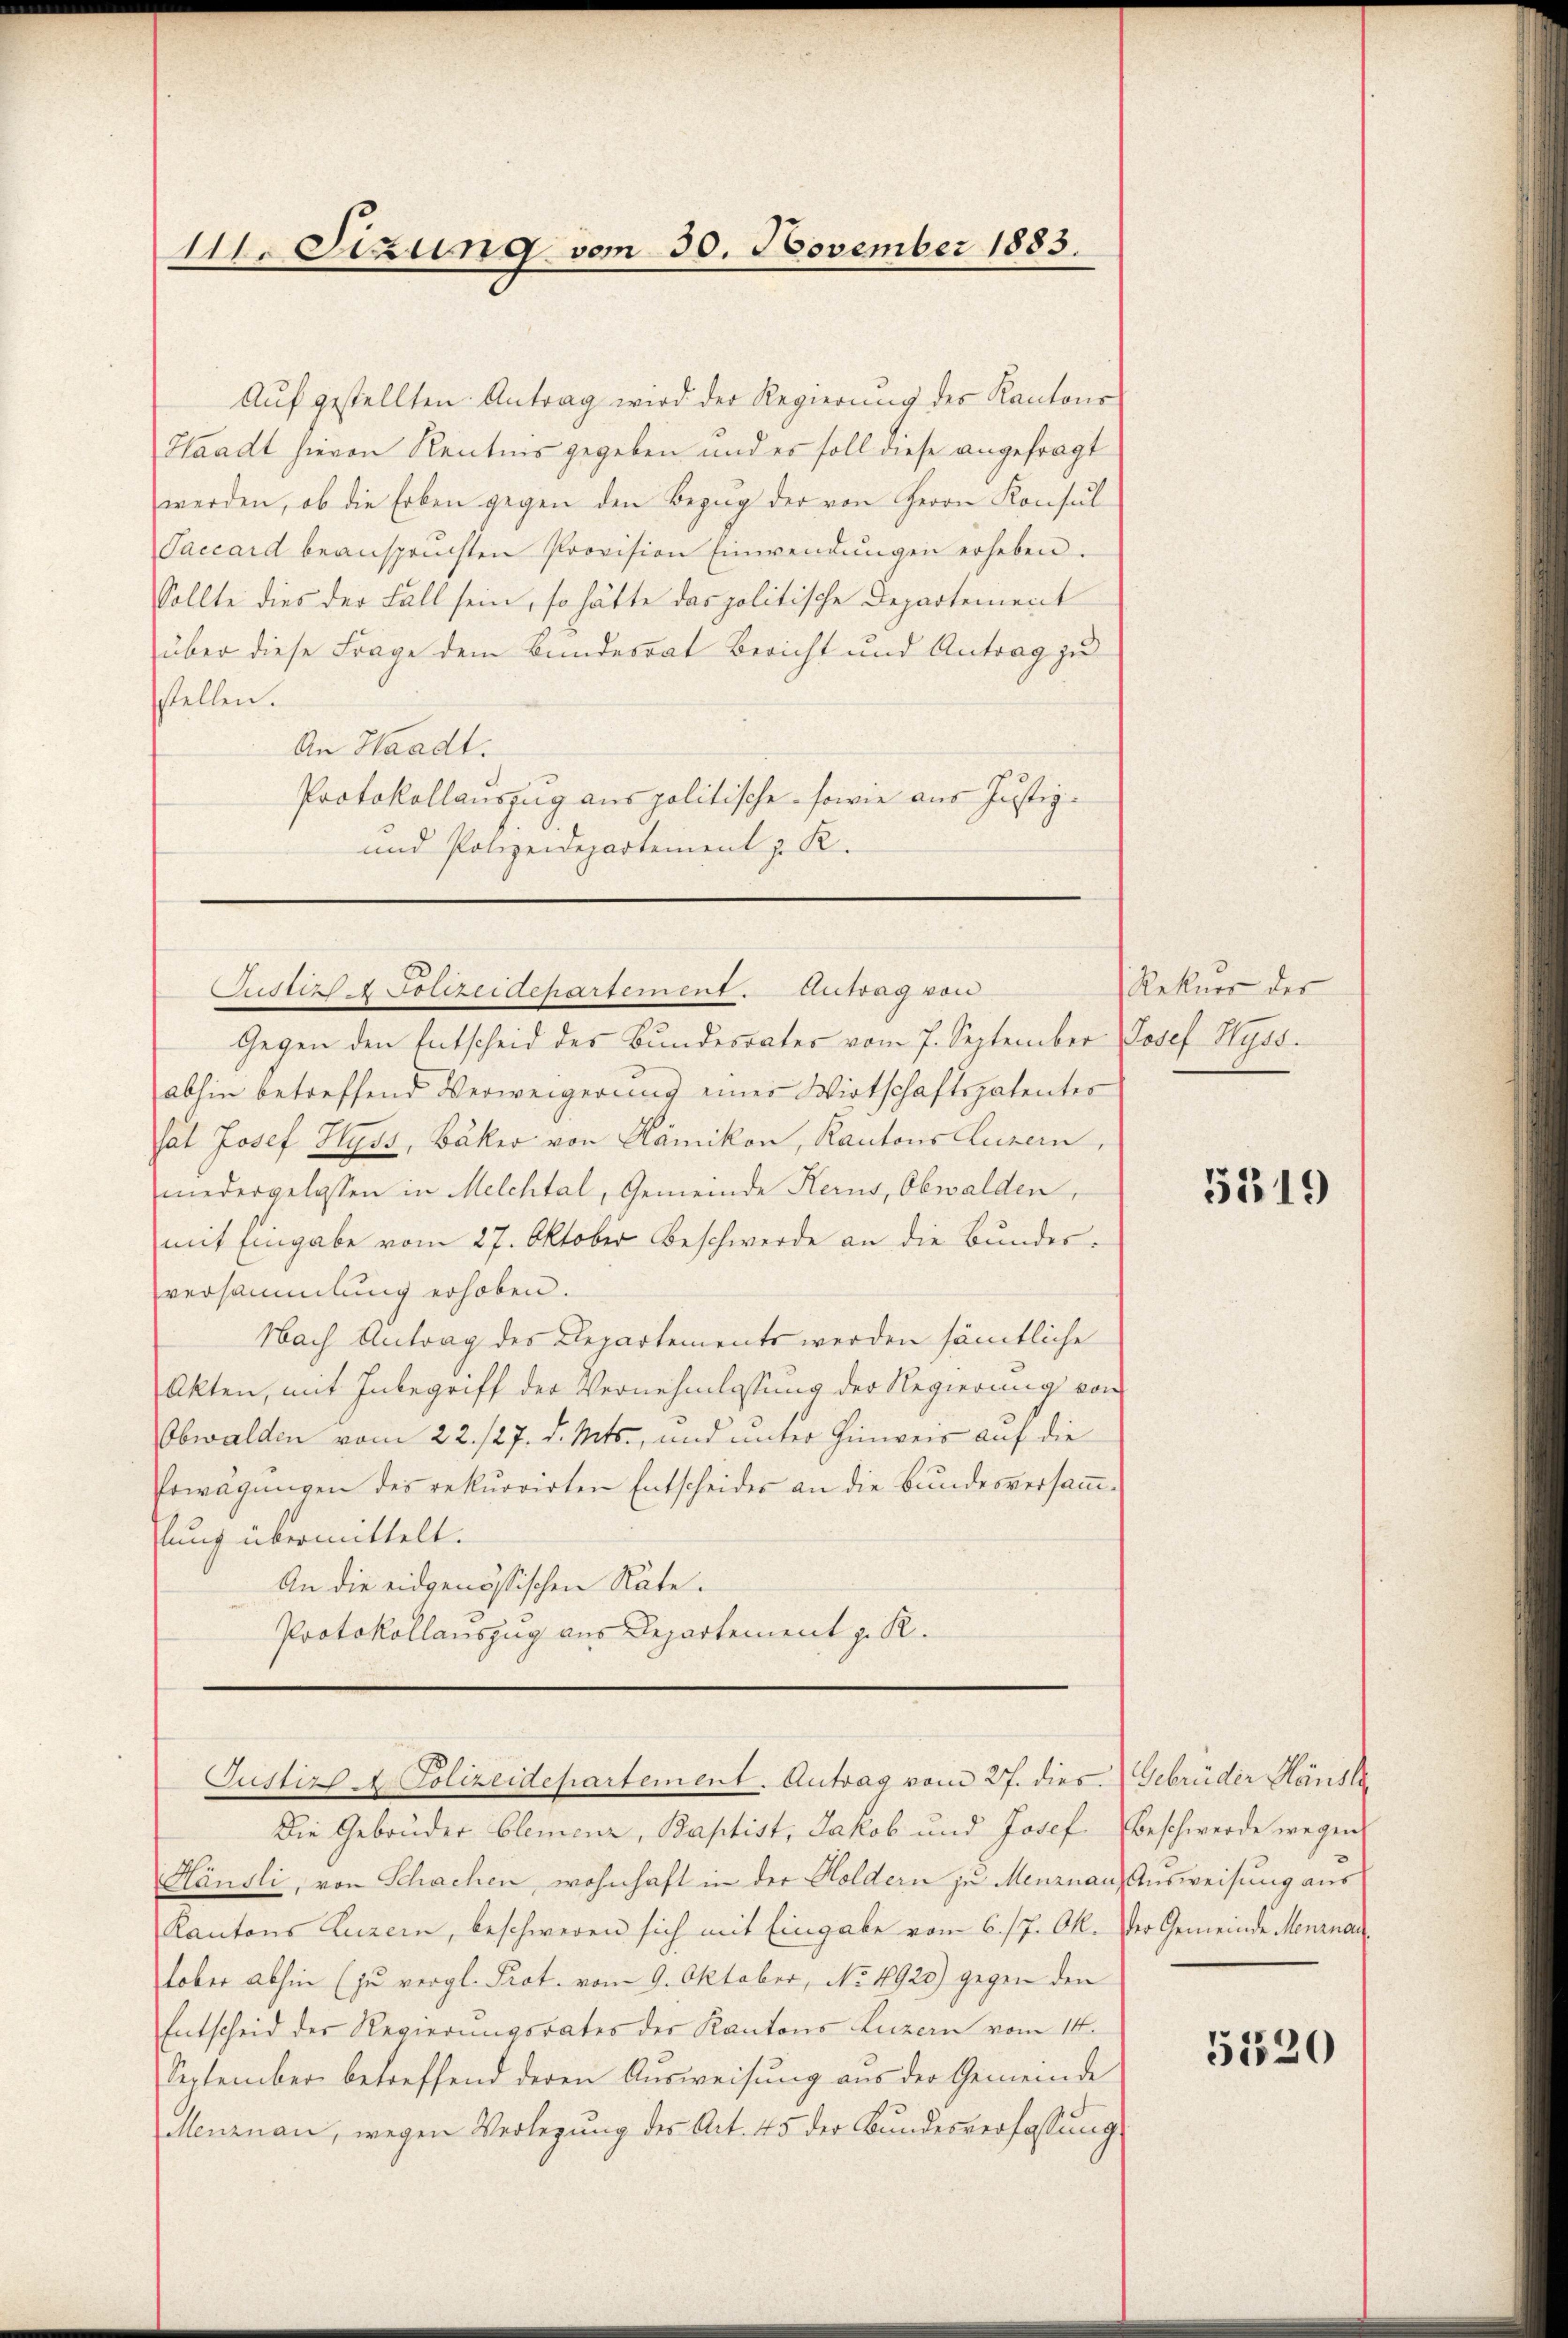
111. Sizung vom 30. November 1883.

Aŭf gestellten Antrag wird der Regierŭng des Kantons
Waadt hievon Kenntnis gegeben und es soll diese angefragt
werden, ob die Erben gegen den Bezŭg der von Herrn Konsul
Saccard beansprüchten Provision Einwendŭngen erheben.
Sollte dies der Fall sein, so hätte das politische Departement
über diese Frage dem Bundesrat Bericht und Antrag zu
sstellen.
An Waadt.
Protokollauszug aus politische sowie aus Justiz-
und Polizeidepartement z. R.

Justiz & Polizeidepartement. Antrag von

Gegen den Entscheid des Bundesrates vom 7. September Josef Wyss.
abhin betreffend Verweigerung eines Wirtschaftspatentes
sat Josef Hyss, Bäker von Kämikon, Kantons Luzern,
niedergelassen in Melchtal, Gemeinde Kerns, Obwalden,
mit Eingabe vom 27. Oktober Beschwerde an die Bundesversammlung erhoben.
Nach Antrag des Departements werden sämtliche
Akten, mit Inbegriff der Vernehmlassung der Regierung von
Obwalden vom 22./27. d. Mts., und unter Hinweis auf die
Erwägungen des rekurrirten Entscheides an die Bundesversamm-
lung übermittelt.
An die eidgenössischen Näte.
Protokollauszug aus Departement z. R.

Justizs Polizeidepartement. Antrag vom 27. dies.

Die Gebrüder Clemenz, Baptist, Jakob und Josef Beschwerde wegen
h
Gansli, von Schachen, wohnhaft in der Holdern zu Menznau, Ausweisung aus
Kantons Luzern, beschweren sich mit Eingabe vom 6./7. Ok. der Gemeinde Menznau,
tober abhin (zu vergl. Prot. vom 9. Oktober, No. 4920) gegen den
Entscheid der Regierungsrates der Kantons Luzern vom 14.
September betreffend deren Ausweisung aus der Gemeinde
Menznau, wegen Verlegŭng des Art. 45 der Bŭndesverfassŭng

Rekurs der

5319

Gebrüder Häusl

5520